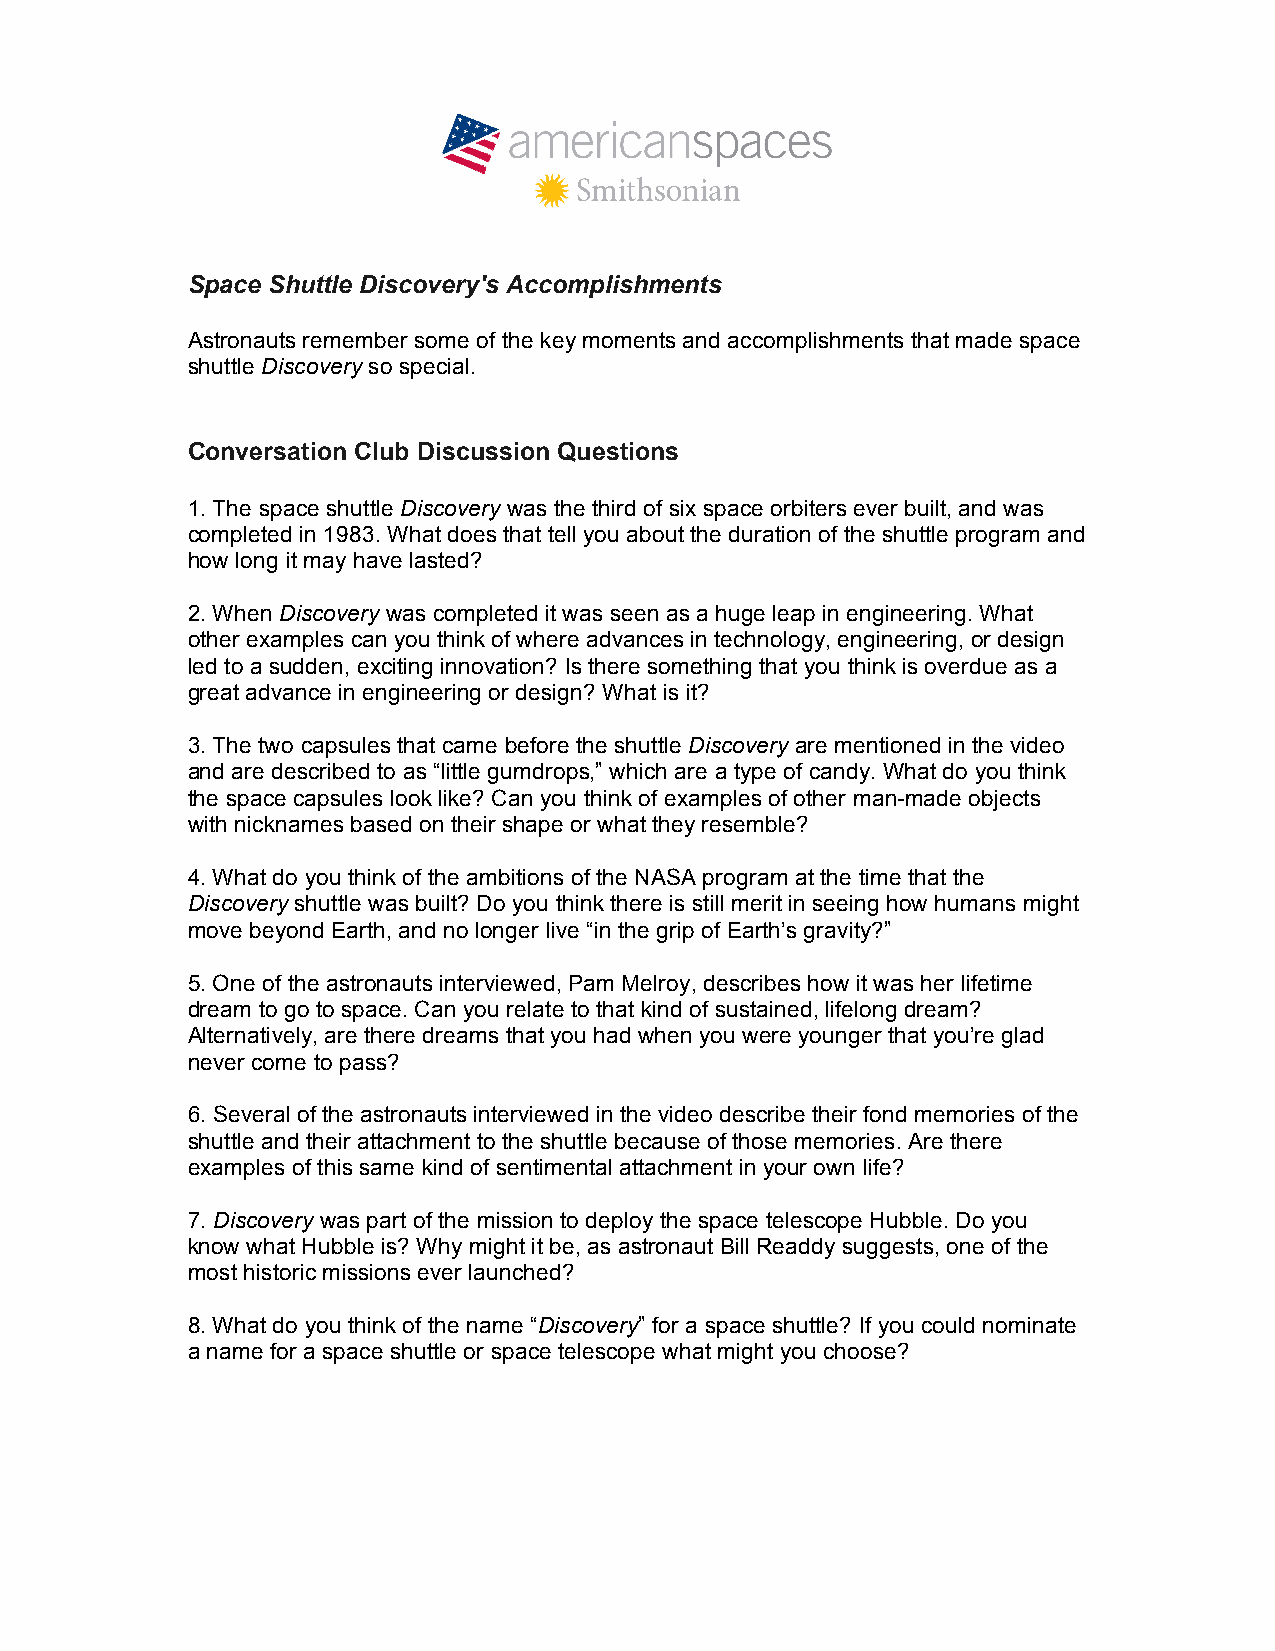
Space Shuttle Discovery's Accomplishments
 Astronauts remember some of the key moments and accomplishments that made space
 shuttle Discovery so special.
 Conversation Club Discussion Questions
 1. The space shuttle Discovery was the third of six space orbiters ever built, and was
 completed in 1983. What does that tell you about the duration of the shuttle program and
 how long it may have lasted?
 2. When Discovery was completed it was seen as a huge leap in engineering. What
 other examples can you think of where advances in technology, engineering, or design
 led to a sudden, exciting innovation? Is there something that you think is overdue as a
 great advance in engineering or design? What is it?
 3. The two capsules that came before the shuttle Discovery are mentioned in the video
 and are described to as “little gumdrops,” which are a type of candy. What do you think
 the space capsules look like? Can you think of examples of other man-made objects
 with nicknames based on their shape or what they resemble?
 4. What do you think of the ambitions of the NASA program at the time that the
 Discovery shuttle was built? Do you think there is still merit in seeing how humans might
 move beyond Earth, and no longer live “in the grip of Earth’s gravity?”
 5. One of the astronauts interviewed, Pam Melroy, describes how it was her lifetime
 dream to go to space. Can you relate to that kind of sustained, lifelong dream?
 Alternatively, are there dreams that you had when you were younger that you’re glad
 never come to pass?
 6. Several of the astronauts interviewed in the video describe their fond memories of the
 shuttle and their attachment to the shuttle because of those memories. Are there
 examples of this same kind of sentimental attachment in your own life?
 7. Discovery was part of the mission to deploy the space telescope Hubble. Do you
 know what Hubble is? Why might it be, as astronaut Bill Readdy suggests, one of the
 most historic missions ever launched?
 8. What do you think of the name “Discovery” for a space shuttle? If you could nominate
 a name for a space shuttle or space telescope what might you choose?